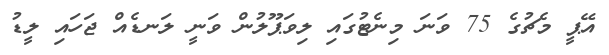
އޭޕީ މެޗުގެ 75 ވަނަ މިނެޓުގައި ލިވަޕޫލުން ވަނީ ލަނޑެއް ޖަހައި ލީޑު